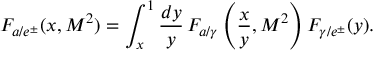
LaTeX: F _ { a / e ^ { \pm } } ( x , M ^ { 2 } ) = \int _ { x } ^ { 1 } \frac { d y } { y } \, F _ { a / \gamma } \left( \frac { x } { y } , M ^ { 2 } \right) F _ { \gamma / e ^ { \pm } } ( y ) .